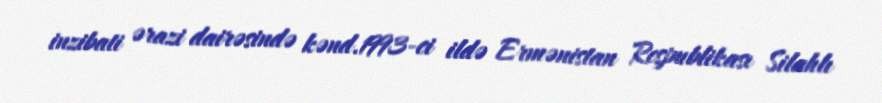
inzibati ərazi dairəsində kənd.1993-ci ildə Ermənistan Respublikası Silahlı